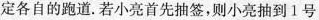
定各自的跑道。若小亮首先抽签，则小亮抽到1号